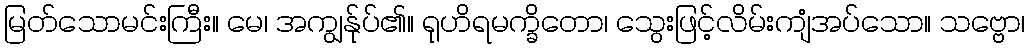
မြတ်သောမင်းကြီး။ မေ၊ အကျွန်ုပ်၏။ ရုဟိရမက္ခိတော၊ သွေးဖြင့်လိမ်းကျံအပ်သော။ သဗ္ဗော၊